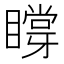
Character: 𥊼